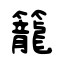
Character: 籠